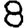
Digit: 8